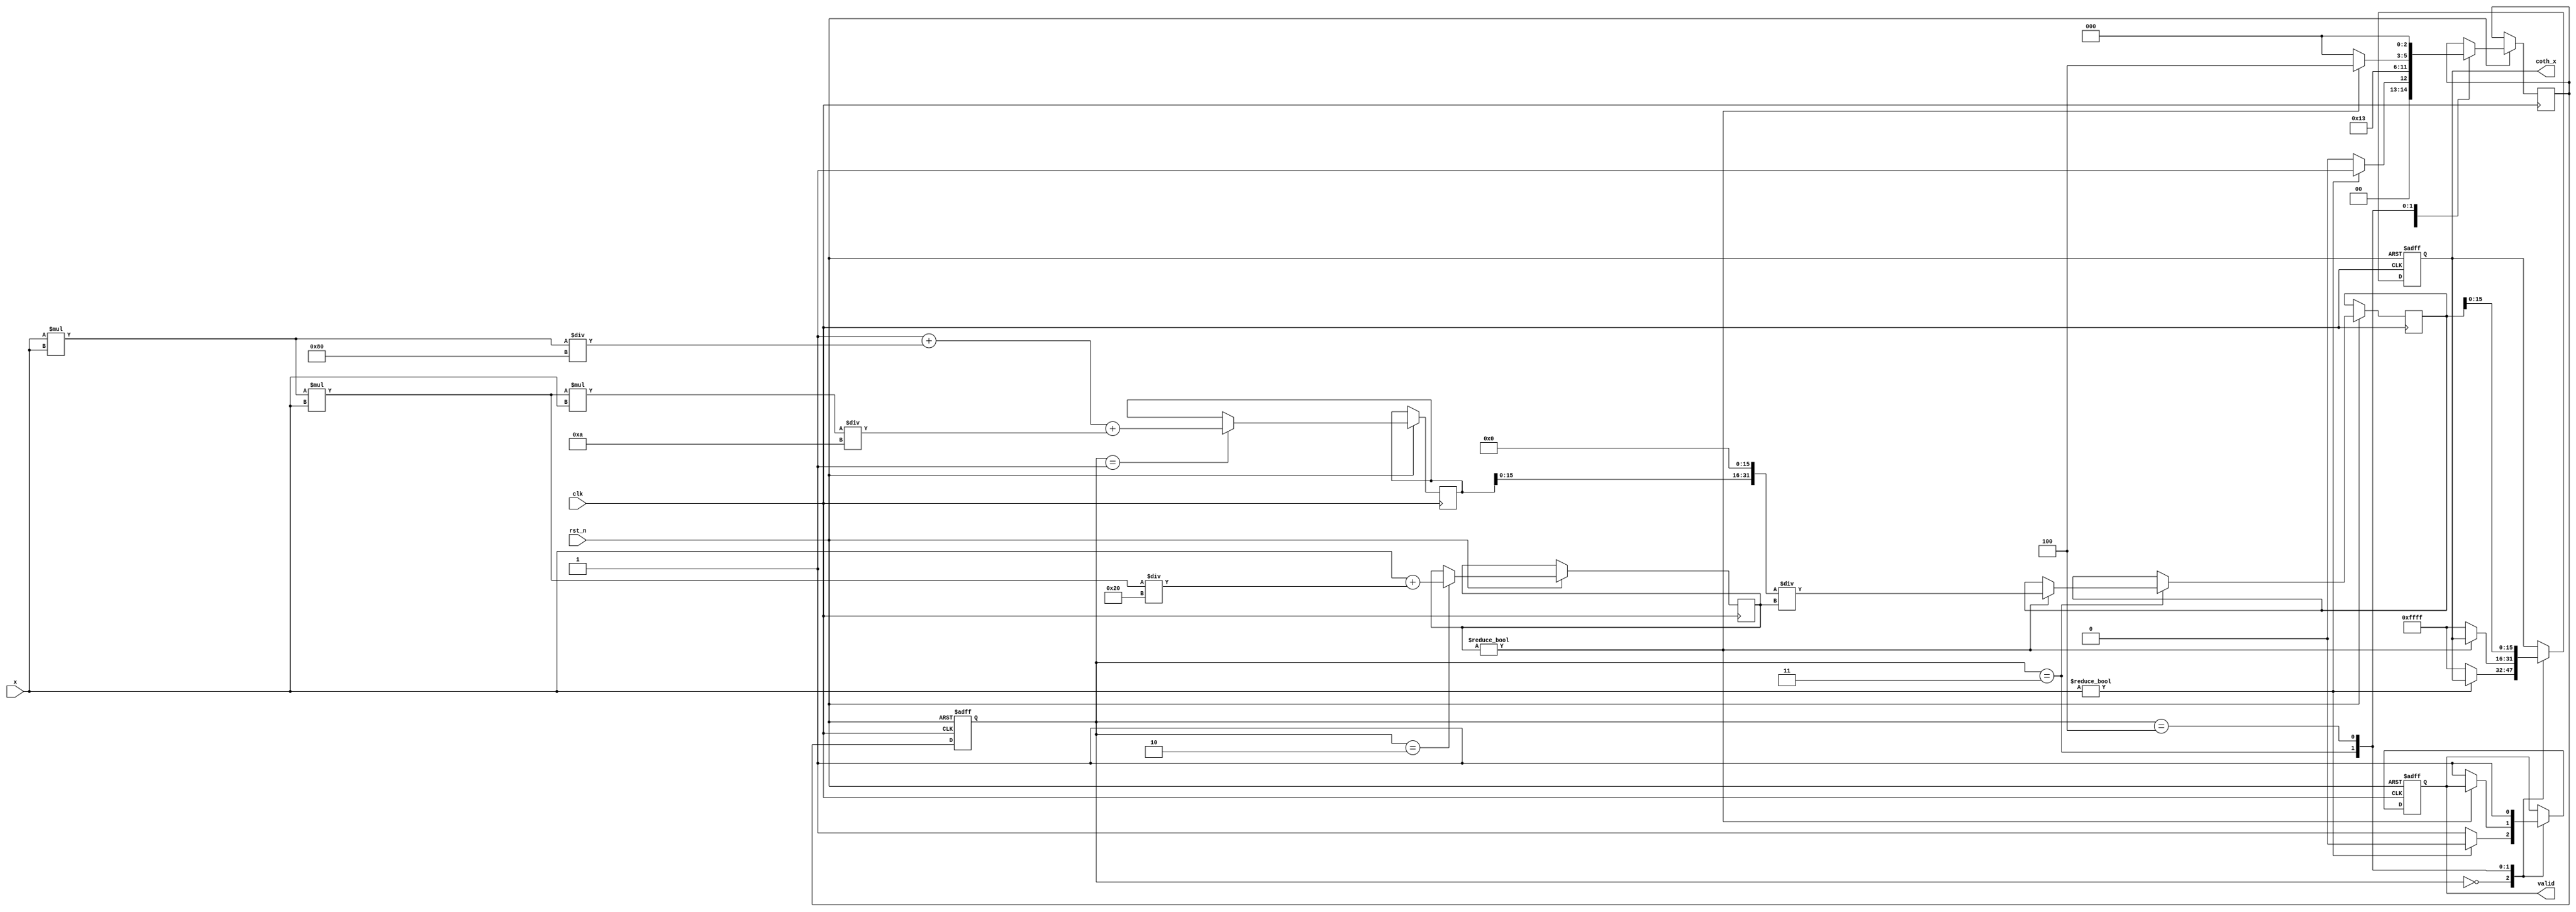
module coth_arithmetic_block (
    input wire clk,
    input wire rst_n,
    input wire signed [15:0] x, // Input: Fixed-point representation of x
    output reg signed [15:0] coth_x, // Output: Fixed-point representation of coth(x)
    output reg valid // Output: Signal to indicate valid output
);

    // Internal signals
    reg signed [31:0] cosh_x; // Intermediate result for cosh(x)
    reg signed [31:0] sinh_x; // Intermediate result for sinh(x)
    reg signed [31:0] temp_coth; // Temporary result for coth(x)
    reg [2:0] state; // State machine for computation
    reg [2:0] next_state; // Next state for state machine

    // State definitions
    localparam IDLE = 3'b000,
               COMPUTE_COSH = 3'b001,
               COMPUTE_SINH = 3'b010,
               DIVIDE = 3'b011,
               OUTPUT = 3'b100;

    // Taylor series coefficients for cosh(x) and sinh(x)
    parameter [31:0] COEFF_COSH_0 = 32'h00000001; // 1
    parameter [31:0] COEFF_COSH_1 = 32'h00000000; // 0
    parameter [31:0] COEFF_COSH_2 = 32'h00000080; // x^2 / 2!
    parameter [31:0] COEFF_COSH_3 = 32'h00000000; // 0
    parameter [31:0] COEFF_COSH_4 = 32'h0000000A; // x^4 / 4!
    
    parameter [31:0] COEFF_SINH_0 = 32'h00000000; // 0
    parameter [31:0] COEFF_SINH_1 = 32'h00000001; // x
    parameter [31:0] COEFF_SINH_2 = 32'h00000000; // 0
    parameter [31:0] COEFF_SINH_3 = 32'h00000020; // x^3 / 3!
    parameter [31:0] COEFF_SINH_4 = 32'h00000000; // 0

    // State machine for computation
    always @(posedge clk or negedge rst_n) begin
        if (!rst_n) begin
            state <= IDLE;
            coth_x <= 16'h0000;
            valid <= 0;
        end else begin
            state <= next_state;
            case (state)
                IDLE: begin
                    valid <= 0;
                    if (x != 16'h0000) begin // Check for zero input
                        next_state <= COMPUTE_COSH;
                    end else begin
                        coth_x <= 16'hFFFF; // Return infinity or error for x = 0
                        valid <= 1;
                        next_state <= IDLE;
                    end
                end
                COMPUTE_COSH: begin
                    // Compute cosh(x) using Taylor series
                    cosh_x <= COEFF_COSH_0 + (x * x) / COEFF_COSH_2 + (x * x * x * x) / COEFF_COSH_4;
                    next_state <= COMPUTE_SINH;
                end
                COMPUTE_SINH: begin
                    // Compute sinh(x) using Taylor series
                    sinh_x <= (x) + (x * x * x) / COEFF_SINH_3;
                    next_state <= DIVIDE;
                end
                DIVIDE: begin
                    // Check for division by zero
                    if (sinh_x != 0) begin
                        temp_coth <= (cosh_x << 16) / sinh_x; // Fixed-point division
                        next_state <= OUTPUT;
                    end else begin
                        coth_x <= 16'hFFFF; // Return infinity or error for sinh(x) = 0
                        valid <= 1;
                        next_state <= IDLE;
                    end
                end
                OUTPUT: begin
                    coth_x <= temp_coth[15:0]; // Assign the result to output
                    valid <= 1; // Indicate valid output
                    next_state <= IDLE; // Go back to IDLE
                end
            endcase
        end
    end
endmodule